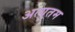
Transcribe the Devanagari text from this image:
अत्युतम